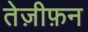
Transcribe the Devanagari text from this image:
तेज़ीफ़न